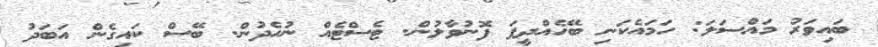
ބައިވަރު މައްސަލަ: ހަމައެކަނި ބޭހެއްދީފަ ފޮނުވާލުން. ޓެސްޓެއް ނުހެދުން. ބޭސް ކައިގެން އަބަދު